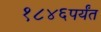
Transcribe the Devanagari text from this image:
१८४६पर्यंत